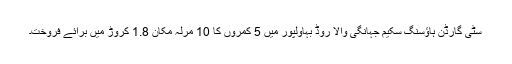
سٹی گارڈن ہاؤسنگ سکیم جہانگی والا روڈ بہاولپور میں 5 کمروں کا 10 مرلہ مکان 1.8 کروڑ میں برائے فروخت۔